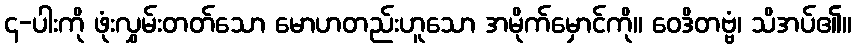
၄-ပါးကို ဖုံးလွှမ်းတတ်သော မောဟတည်းဟူသော အမိုက်မှောင်ကို။ ဝေဒိတဗ္ဗံ၊ သိအပ်၏။